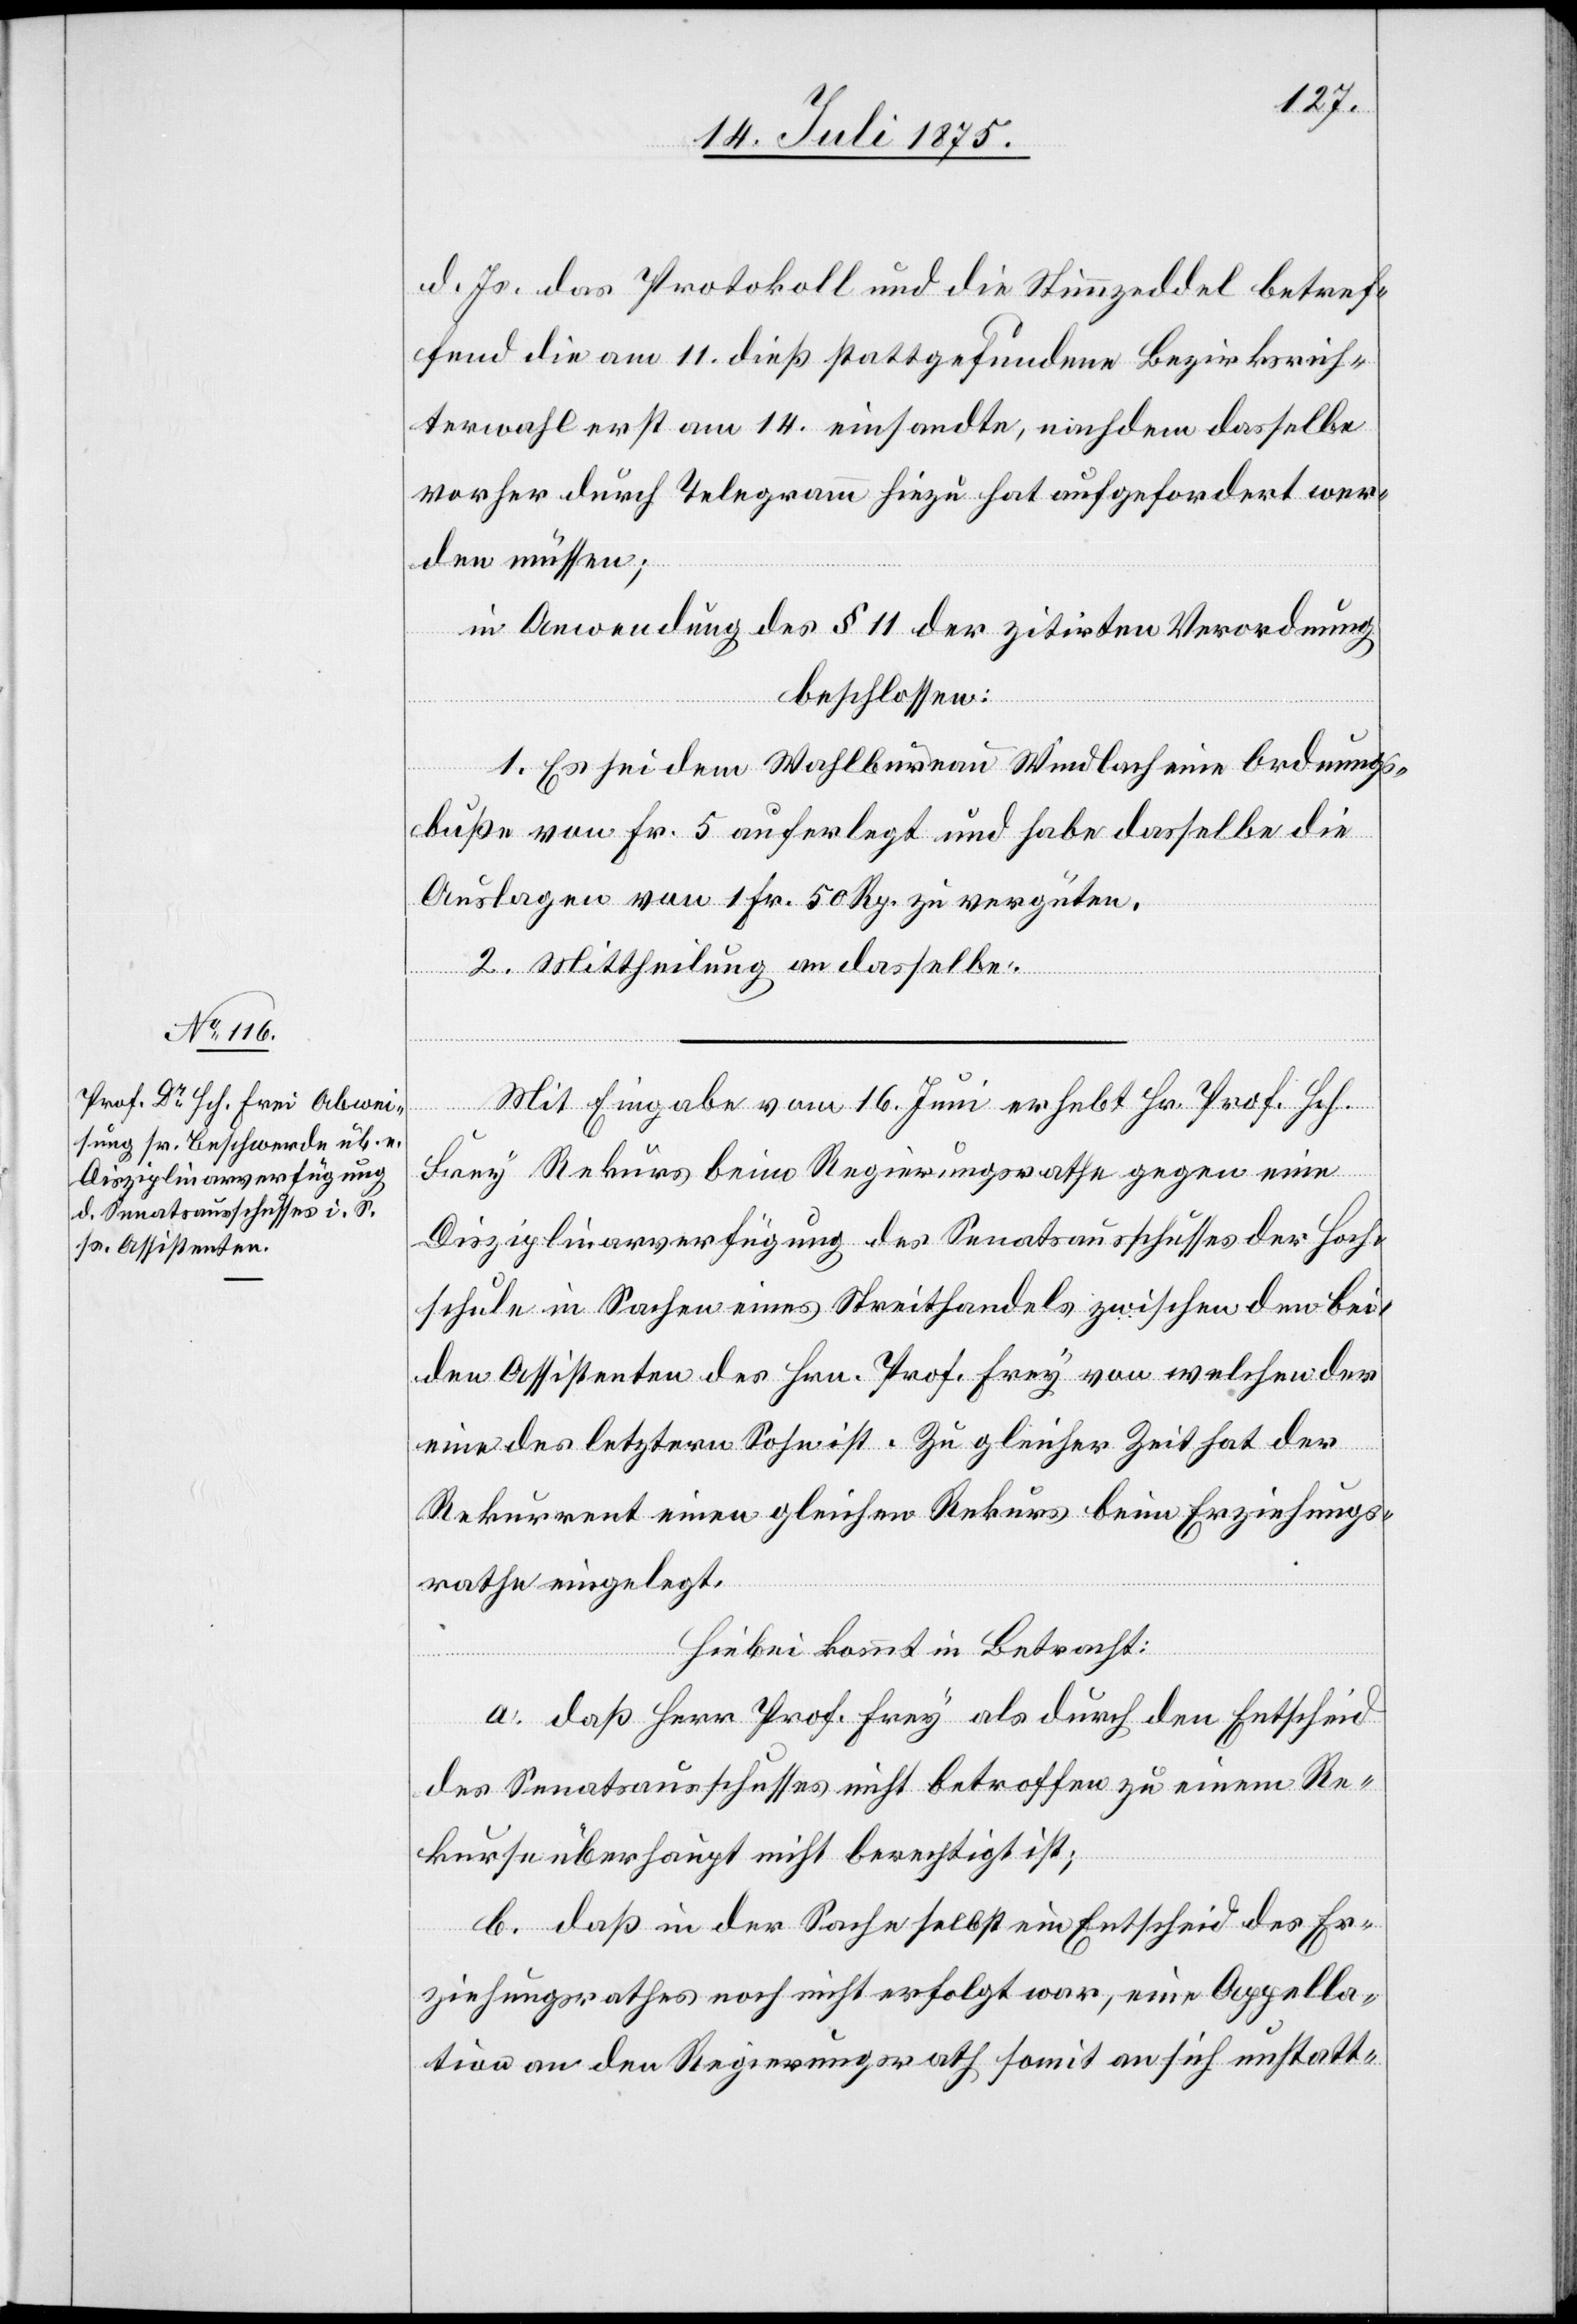
Mit Eingabe vom 16. Juni erhebt Hr. Prof. Hch.
[sic!] Rekurs beim Regierungsrathe gegen eine
Disziplinarverfügung des Senatsausschusses der Hoch¬
schule in Sachen eines Streithandels zwischen den bei¬
den Assistenten des Hrn. Prof. Frey von welchen der
eine des letztern Sohn ist. Zu gleicher Zeit hat der
Rekurrent einen gleichen Rekurs beim Erziehungs¬
rathe eingelegt,
hiebei kommt in Betracht:
a. daß Herr Prof. Frey als durch den Entscheid
des Senatsausschusses nicht betroffen zu einem Re¬
kurse überhaupt nicht berechtigt ist;
b. daß in der Sache selbst ein Entscheid des Er¬
ziehungsrathes noch nicht erfolgt war, eine Appella¬
tion an den Regierungsrath somit an sich unstatt-